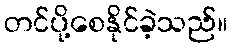
တင်ပို့စေနိုင်ခဲ့သည်။